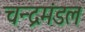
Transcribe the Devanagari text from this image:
चन्द्रमंडल